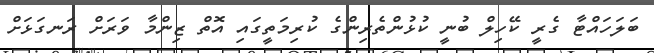
ބަލަހައްޓާ ގެރީ ކޭހިލް ބުނީ ކުޅުންތެރިންގެ ކުރިމަތީގައި އޮތް ޒިންމާ ވަރަށް ރަނގަޅަށް